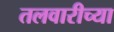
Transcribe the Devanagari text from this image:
तलवारीच्‍या